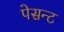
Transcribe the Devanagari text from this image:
पेसन्ट